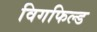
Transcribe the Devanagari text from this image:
विगफिल्ड